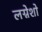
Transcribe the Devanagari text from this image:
लग्नेशो